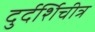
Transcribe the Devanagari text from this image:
दुर्दर्शिचीत्र